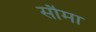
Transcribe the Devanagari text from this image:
सौमा